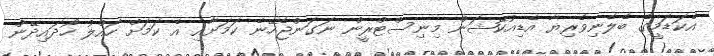
އެކަޑަމީގެ ބެލެނިވެރިޔާ އެޑިއުކޭޝަން މިނިސްޓްރީން ނަގަންޖެހޭނެ ކަމަށާއި އެ ކަމަށް ހައްލު ހޯދައިދޭން